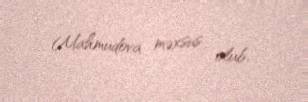
Mahmudova məxsus olub.